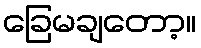
ခြေမချတော့။